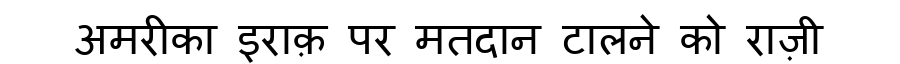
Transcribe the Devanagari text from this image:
अमरीका इराक़ पर मतदान टालने को राज़ी